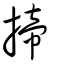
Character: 揥